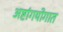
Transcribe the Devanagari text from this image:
अष्टांगयोगात